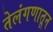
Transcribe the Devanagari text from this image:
तेलंगणातून